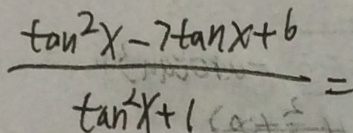
\frac { \tan ^ { 2 } x - 7 \tan x + 6 } { \tan ^ { 2 } x + 1 } =